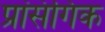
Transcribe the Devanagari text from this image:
प्रांसंगिक